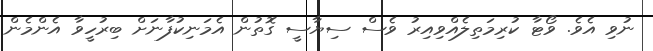
ނުވި އެވެ. ވޯޓާ ކުރިމަތިލެއްވިއިރު ވެސް ސިޔާސީ ގޮތުން އެމަނިކުފާނަށް ބިރުހީވާ އެންމެން